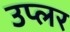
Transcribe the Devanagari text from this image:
उप्लर